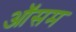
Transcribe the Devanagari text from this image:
ऑसम